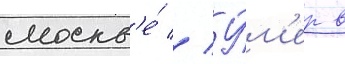
москв'е́ // У́м'ер в